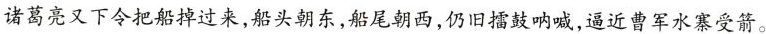
诸葛亮又下令把船掉过来，船头朝东，船尾朝西，仍旧擂鼓呐喊，逼近曹军水寨受箭。